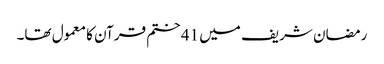
رمضان شریف میں 41 ختم قرآن کا معمول تھا۔